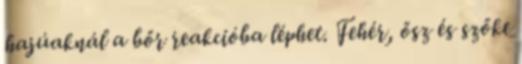
hajúaknál a bőr reakcióba léphet. Fehér, ősz és szőke